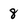
Character: 8